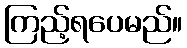
ကြည့်ရပေမည်။